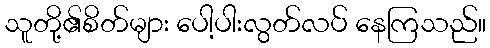
သူတို့၏စိတ်များ ပေါ့ပါးလွတ်လပ် နေကြသည်။